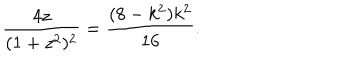
LaTeX: \frac { 4 z } { ( 1 + z ^ { 2 } ) ^ { 2 } } = \frac { ( 8 - k ^ { 2 } ) k ^ { 2 } } { 1 6 } .